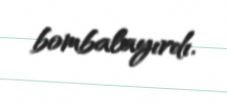
bombalayırdı.